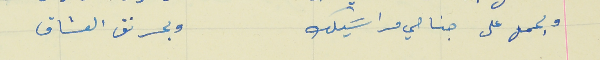
وبحمل على جناحي مراسَيلك                                  وبحرنق العشاق